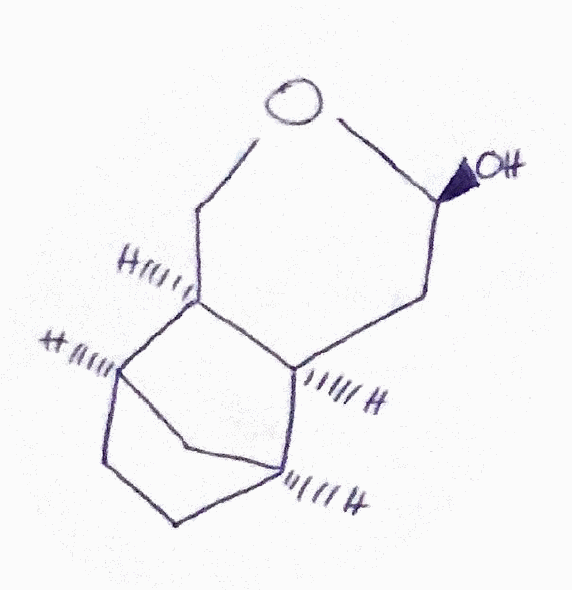
Simplified molecular-input line-entry system (SMILES) notation of the given molecule:
C1C[C@@H]2C[C@H]1[C@H]3[C@@H]2CO[C@H](C3)O